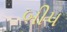
બીપ